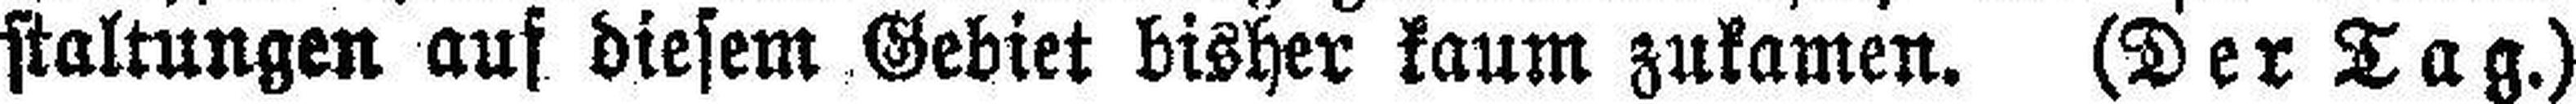
staltungen auf diesem Gebiet bisher kaum zukamen. (Der Tag.)